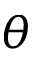
\theta